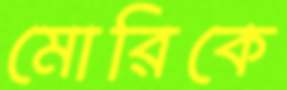
মোরিকে